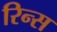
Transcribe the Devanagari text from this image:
रिन्स